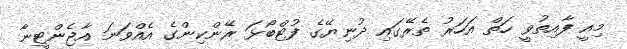
މިއީ ފާއިތުވީ ހަތް އަހަރު ތެރޭގައި ދުނިޔޭގެ ފުޓްބޯޅަ ރޭންކިންގެ އެއްވަނަ އާޖެންޓީނާ